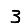
Digit: 3